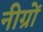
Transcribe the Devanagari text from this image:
नीग्रों